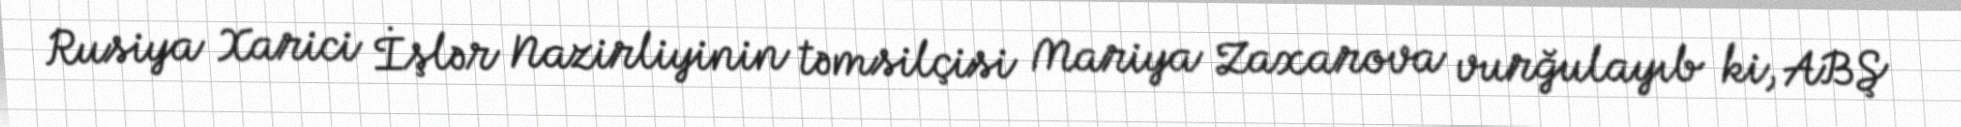
Rusiya Xarici İşlər Nazirliyinin təmsilçisi Mariya Zaxarova vurğulayıb ki, ABŞ